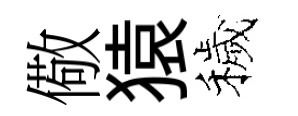
儆猿穢